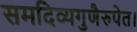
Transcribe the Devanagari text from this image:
समदिव्यगुणैरुपेत।